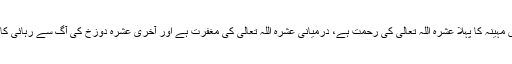
۱۰:… اس مہینہ کا پہلا عشرہ اللہ تعالیٰ کی رحمت ہے، درمیانی عشرہ اللہ تعالیٰ کی مغفرت ہے اور آخری عشرہ دوزخ کی آگ سے رہائی کا پیغام ہے۔